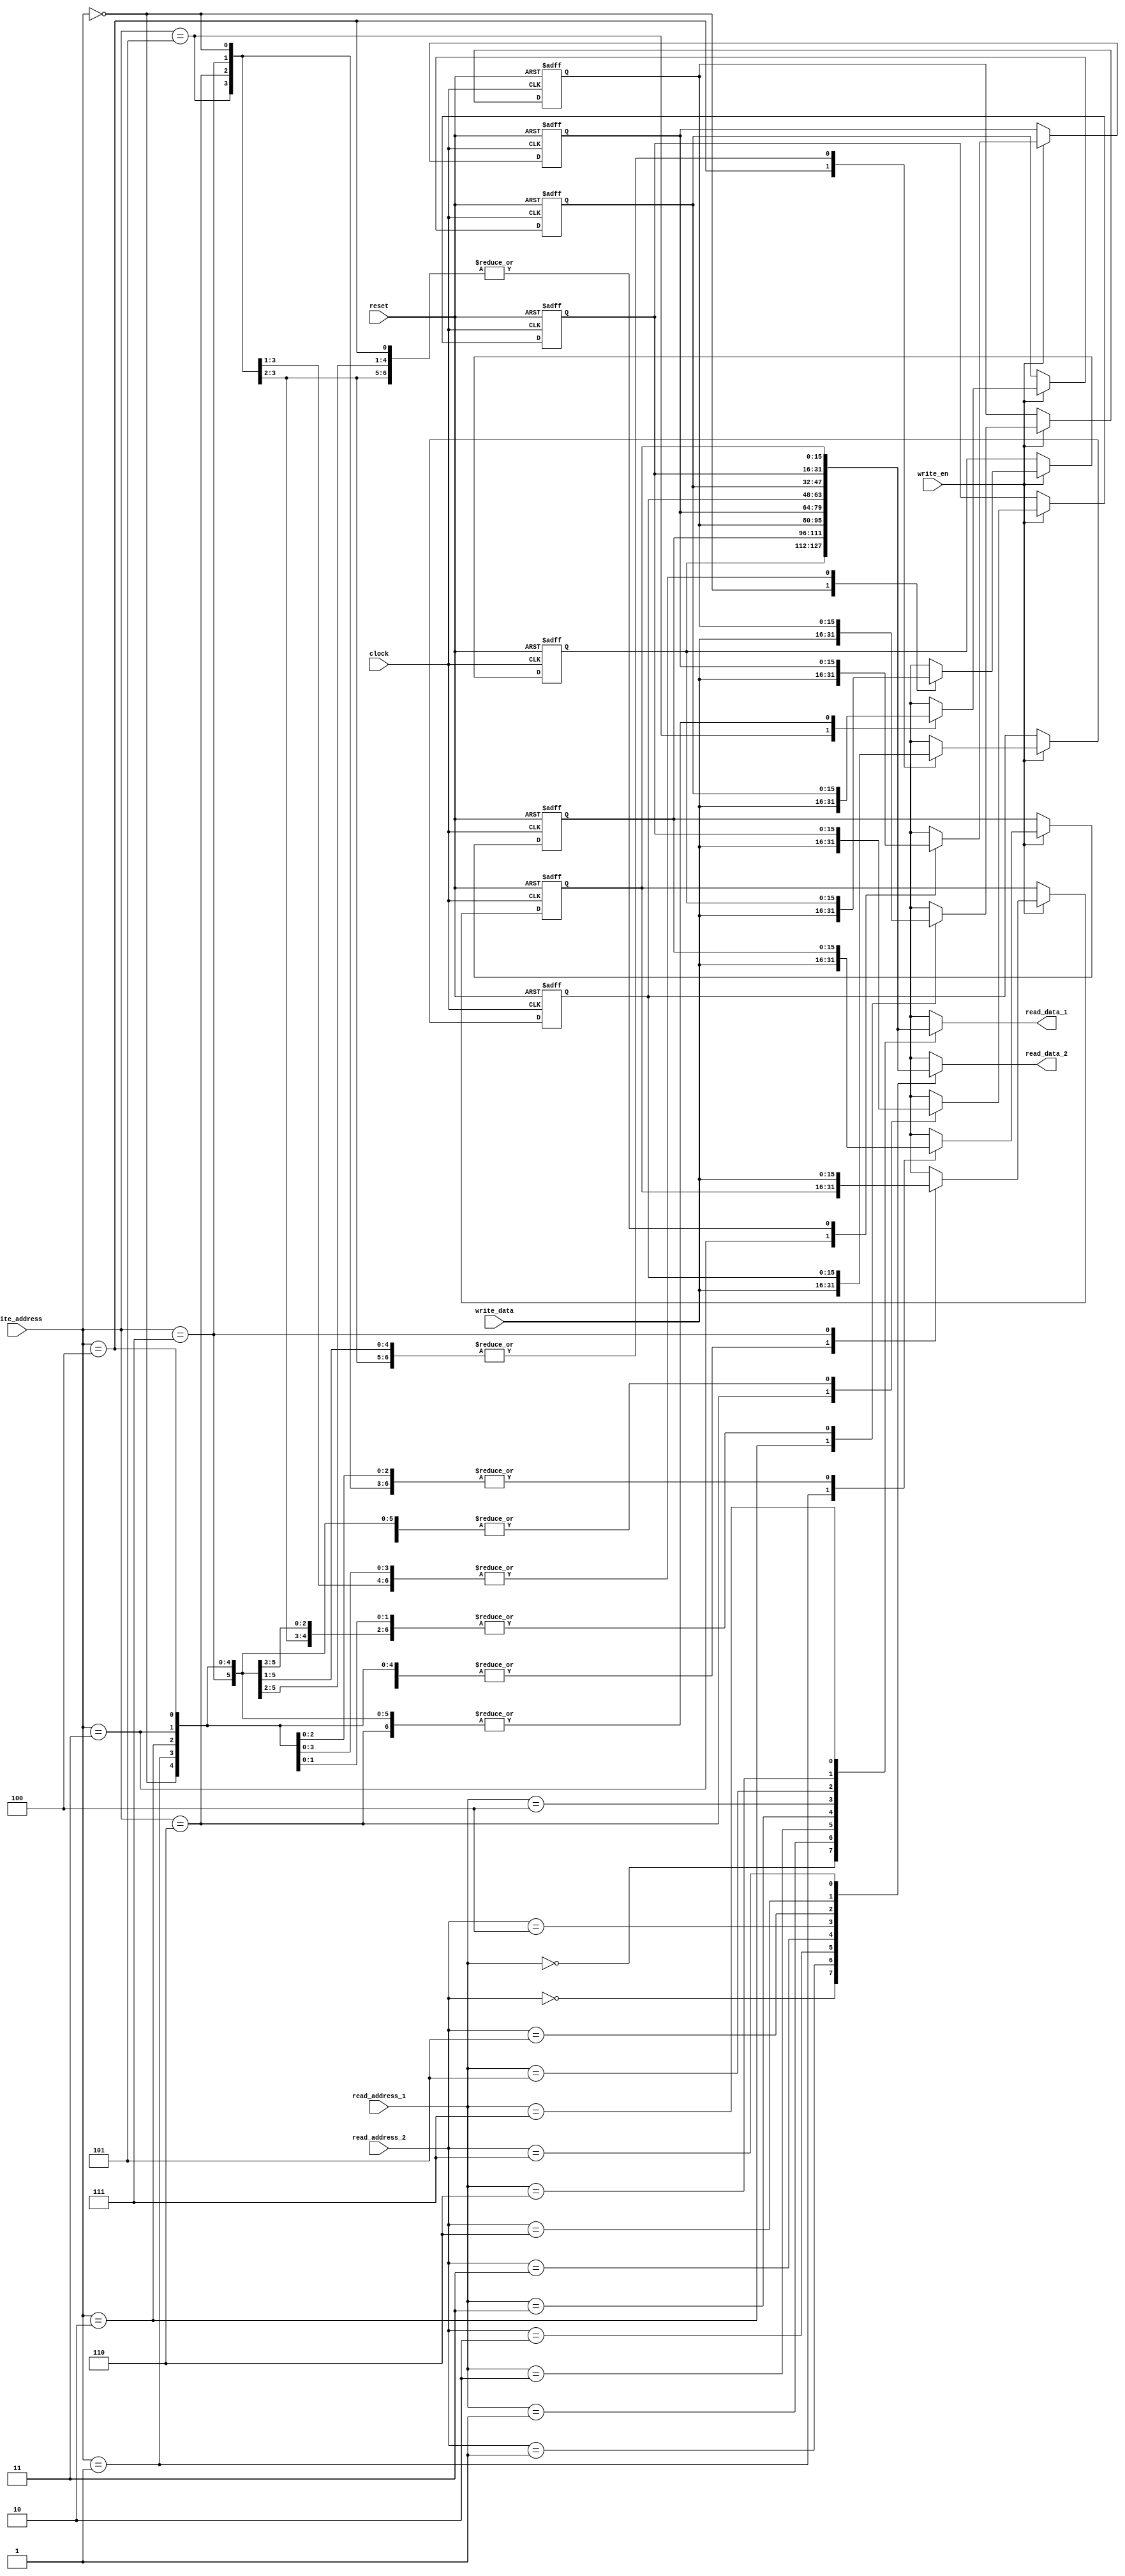
// Spring 2017, Computer Architecture

module reg_file (clock ,reset, read_address_1, read_address_2, write_address ,write_data , read_data_1 , read_data_2 ,write_en);
	input clock , reset , write_en;
	input [2:0] read_address_1 , read_address_2 , write_address;
	input [15:0] write_data;
	output [15:0] read_data_1 , read_data_2 ;

	reg [15:0] REG [7:0];
	always @(posedge clock , posedge reset)
	begin
		if (reset)
			begin
				REG[0] = 16'd0;
				REG[1] = 16'd0;
				REG[2] = 16'd0;
				REG[3] = 16'd0;
				REG[4] = 16'd0;
				REG[5] = 16'd0;
				REG[6] = 16'd0;
				REG[7] = 16'd0;
			end
		else if(write_en)
			REG[write_address] = write_data;
	end

	assign read_data_1 = REG[read_address_1];
	assign read_data_2 = REG[read_address_2];




endmodule